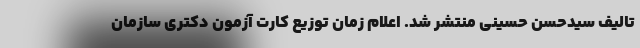
تالیف سیدحسن حسینی منتشر شد. اعلام زمان توزیع کارت آزمون دکتری سازمان‌